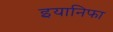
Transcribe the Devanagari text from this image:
इयानिफा